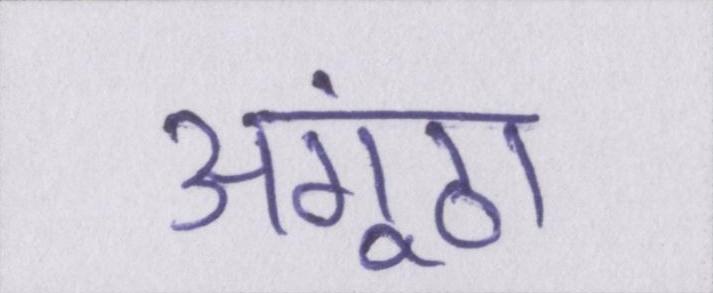
अंगूठा